Annual administration report of the Civil Veterinary Department of India - 1901-1902
Year: 1901
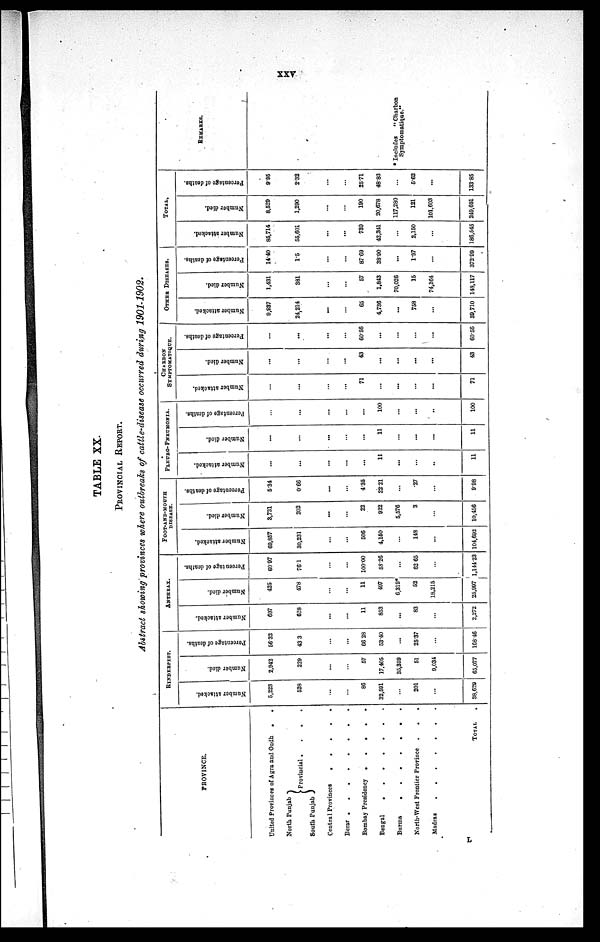
xxv
TABLE XX.
PROVINCIAL REPORT.
Abstract showing provinces where outbreaks of cattle-disease occurred during 1901-1902.
PROVINCE.
United Provinces of Agra and Oudh
.
.
North Punjab
South Punjab
Provincial .
.
.
.
Central Provinces
.
.
.
.
.
.
Berar
.
.
.
.
.
.
.
.
Bombay Presidency . . . . .
Bengal . . . . . . .
Burma
.
.
.
.
. . .
North-West Frontier Proviuce
.
.
.
Madras
.
.
.
.
.
.
.
TOTAL .
RINDERPEST.
Number attacked.
5,223
528
...
...
86
32,591
...
201
...
38,629
Number died.
2,942
229
...
...
57
17,405
35,359
51
9,034
65,077
Percentage of deaths.
56.32
43.3
...
...
66.28
53.40
...
25.37
...
168.46
ANTHRAX.
Number attacked.
697
628
...
...
11
853
...
83
...
2,272
Number died.
425
478
...
...
11
497
6,319*
52
18,215
25,997
Percentage of deaths.
60.97
76.1
...
...
100.00
58.26
...
62.65
...
1,144.23
FOOT-AND-MOUTH
DISEASE.
Number attacked.
69,857
30,231
...
...
506
4,150
...
143
...
104,692
Number died.
3,731
202
...
...
22
922
5,576
3
...
10,456
Percentage of deaths.
5.34
0.66
...
...
4.35
22.21
...
27
...
9.98
PLEURO- PNEUMONIA.
Number attacked.
...
...
...
...
...
11
...
...
..
11
Number died.
...
...
...
...
...
11
...
...
...
11
Percentage of deaths.
...
...
...
...
...
100
...
...
..
100
CHARBON
SYMPTOMATIQUE.
Number attacked.
...
...
...
...
71
...
...
...
...
71
Number died.
...
...
...
...
43
...
...
...
...
43
Percentage of deaths.
...
...
...
...
60.56
...
...
...
...
60.56
OTHER DISEASES.
Number attacked.
9,937
24,214
...
...
65
4,736
...
758
...
39,710
Number died.
1,431
381
...
...
57
1,843
70,026
15
74,364
148,117
Percentage of deaths.
14.40
1.5
...
...
87.69
38.90
...
1.97
...
372.09
TOTAL.
Number attacked.
85,714
55,601
...
...
739
42,341
...
2,150
...
186,545
Number died.
8,529
1,290
...
...
190
20,678
117,280
121
101,603
249,691
Percentage of deaths.
9.95
2.32
...
...
25.71
48.83
...
5.62
...
133.85
REMARKS.
* Includes
"Charbon
Symptomatique."
L